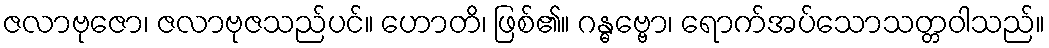
ဇလာဗုဇော၊ ဇလာဗုဇသည်ပင်။ ဟောတိ၊ ဖြစ်၏။ ဂန္ဓဗ္ဗော၊ ရောက်အပ်သောသတ္တဝါသည်။